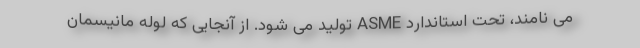
می نامند، تحت استاندارد ASME تولید می شود. از آنجایی که لوله مانیسمان